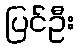
ပြင်ဦး